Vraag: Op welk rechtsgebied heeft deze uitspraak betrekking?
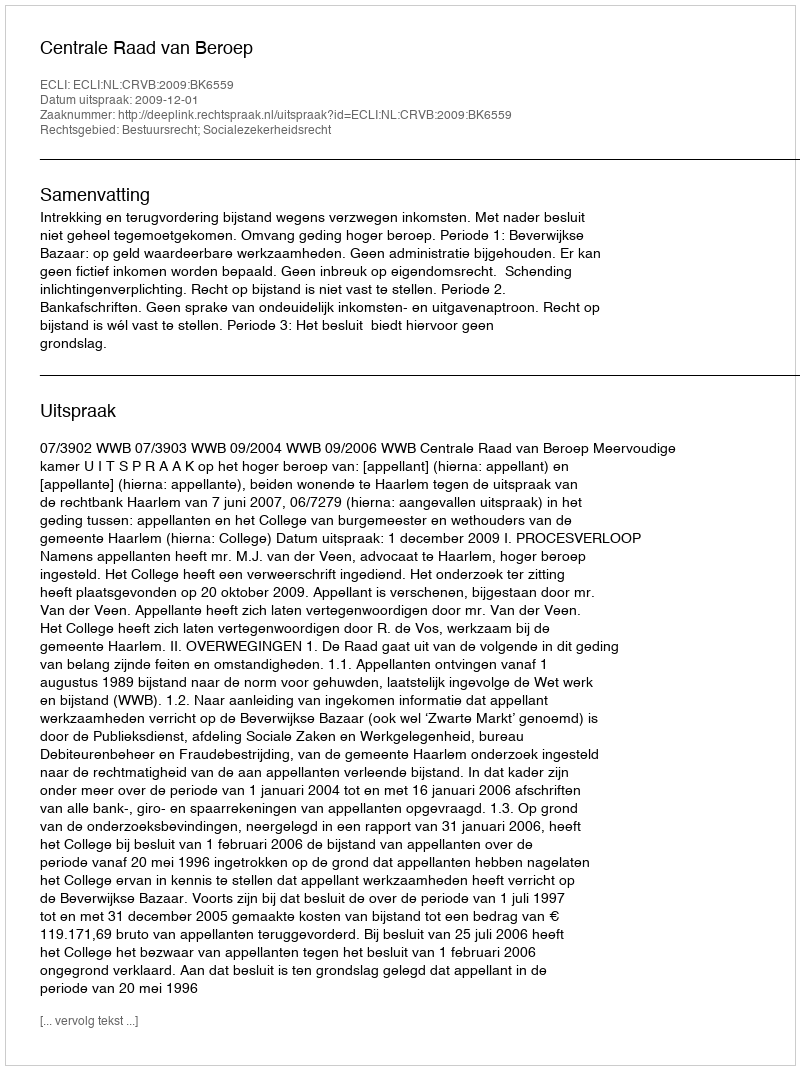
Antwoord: Bestuursrecht; Socialezekerheidsrecht